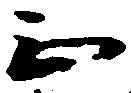
正